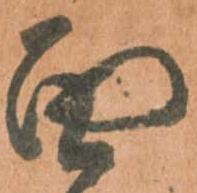
面